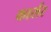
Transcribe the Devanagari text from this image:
कार्सर